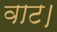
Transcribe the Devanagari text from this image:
वाट।